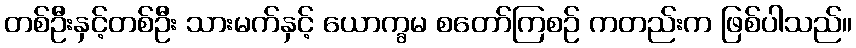
တစ်ဦးနှင့်တစ်ဦး သားမက်နှင့် ယောက္ခမ စတော်ကြစဉ် ကတည်းက ဖြစ်ပါသည်။